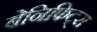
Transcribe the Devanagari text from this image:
बेनिफिट्स